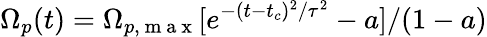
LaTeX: \Omega_{p}(t)=\Omega_{p,\mathrm{~m~a~x~}}[e^{-(t-t_{c})^{2}/\tau^{2}}-a]/(1-a)